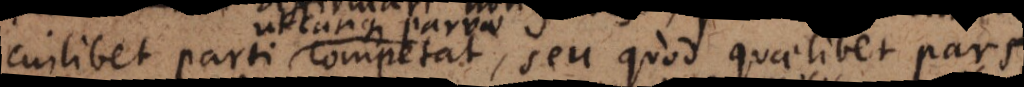
cuilibet parti competat, seu quod quaelibet pars